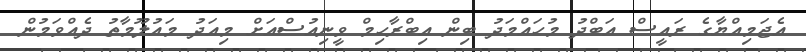
އެޖަމިއްޔާގެ ރައީސް އަބްދު މުހައްމަދު ބިން އިބްރާހިމް ވީނިއުސްއަށް މިއަދު މައުލޫމާތު ދެއްވަމުން